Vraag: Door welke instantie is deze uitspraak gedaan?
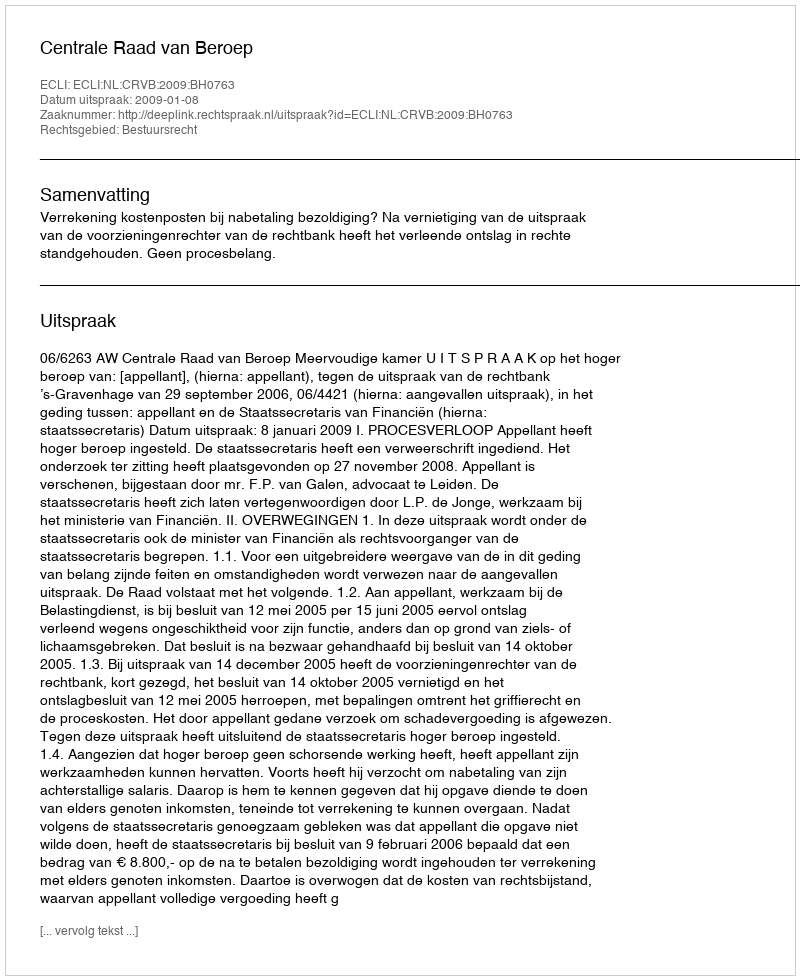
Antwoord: Centrale Raad van Beroep